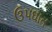
ઉપઘાત